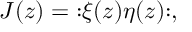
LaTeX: J ( z ) = \mathopen : \xi ( z ) \eta ( z ) \mathclose : ,